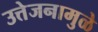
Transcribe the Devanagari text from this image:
उत्तेजनामुळे